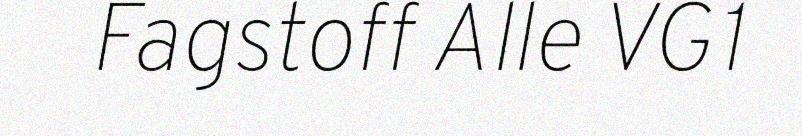
Fagstoff Alle VG1